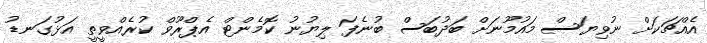
އެއްޗަކަށް ނުވިޔަސް މައުމޫނަށް ބަދުބަސް ބުނެފަ ލިޔުނު ކޮމެންޓް އެޕްރޫވް ކުރެއްވީތީ އަޅުގަނޑު